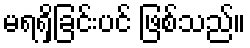
မရရှိခြင်းပင် ဖြစ်သည်။